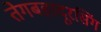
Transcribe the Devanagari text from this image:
तेगबहादूरसिंग